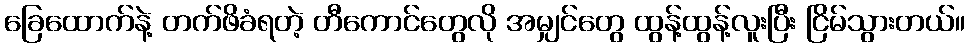
ခြေထောက်နဲ့ တက်ဖိခံရတဲ့ တီကောင်တွေလို အမျှင်တွေ ထွန့်ထွန့်လူးပြီး ငြိမ်သွားတယ်။